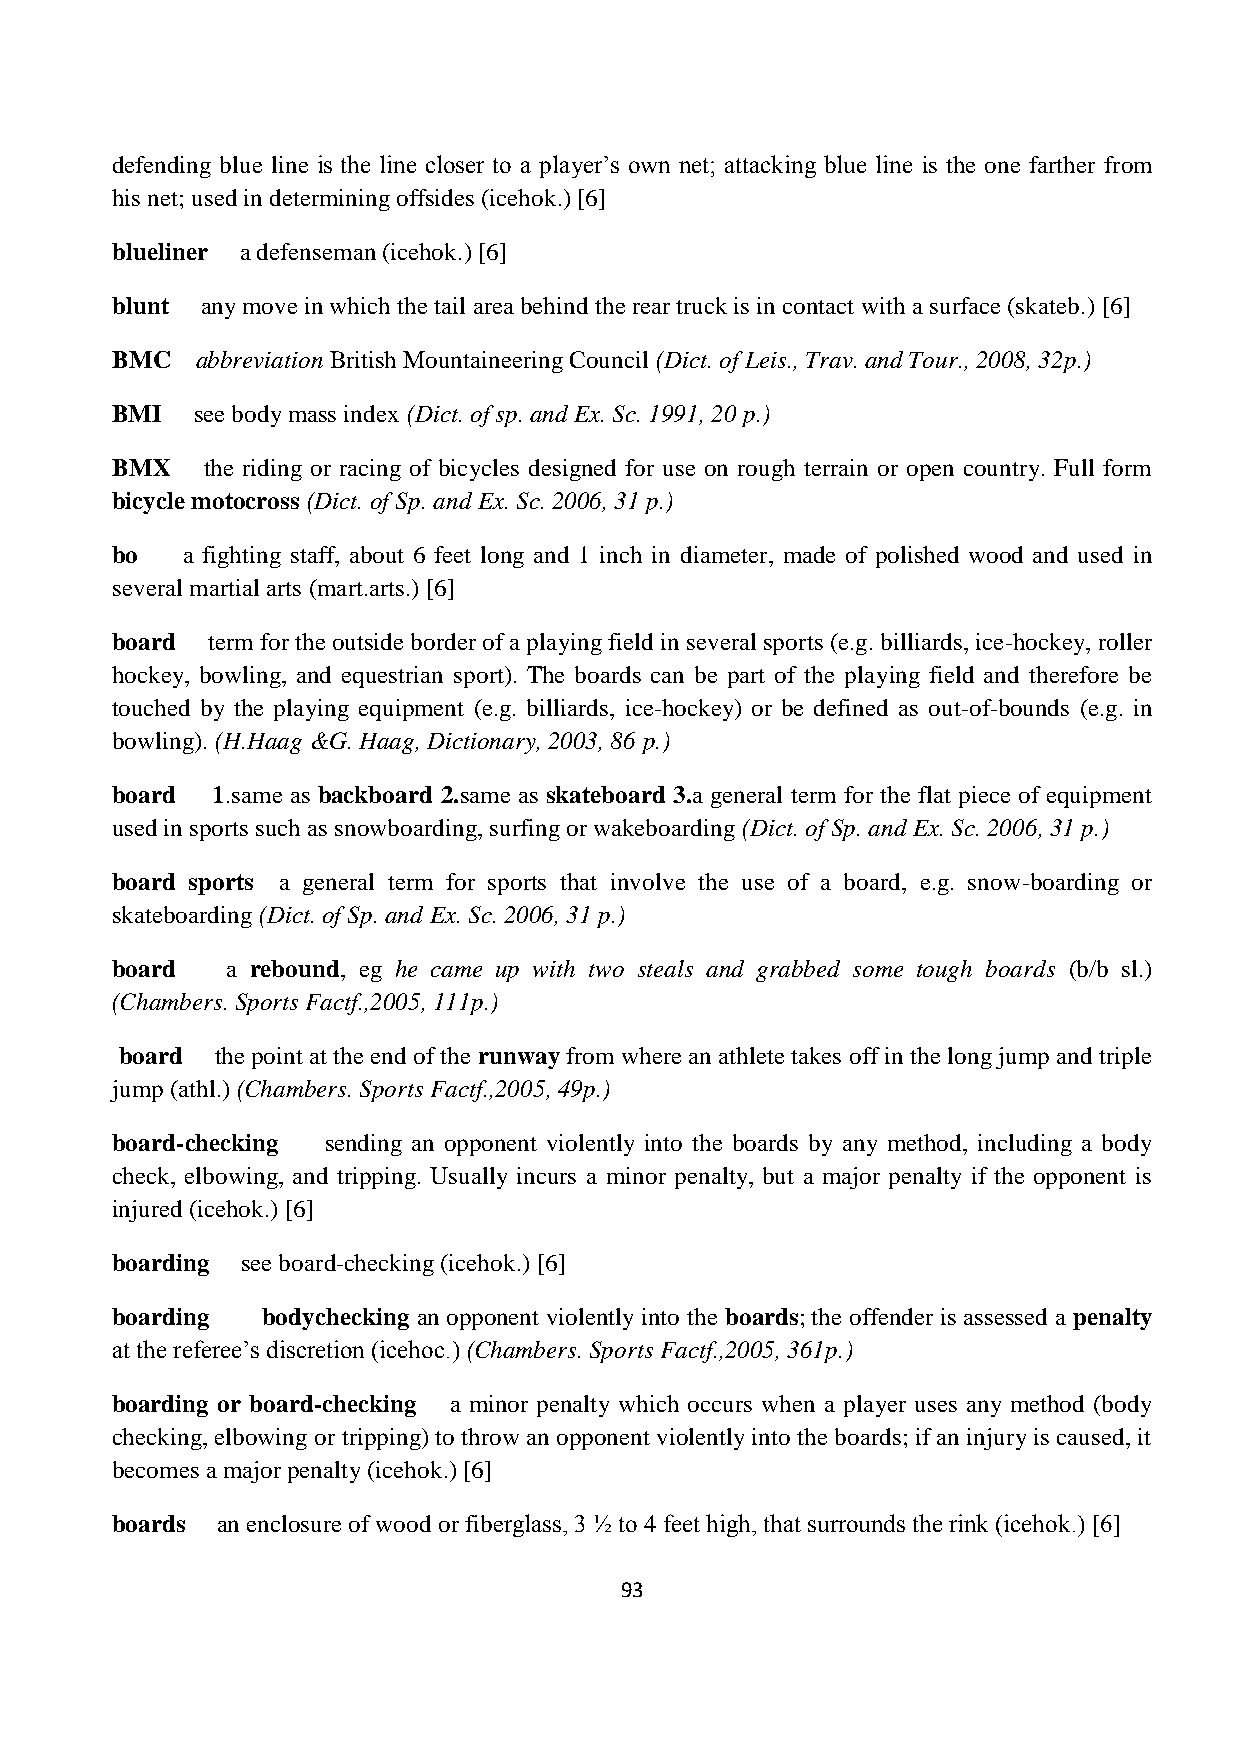
defending blue line is the line closer to a player’s own net; attacking blue line is the one farther from
 his net; used in determining offsides (icehok.) [6]
 blueliner a defenseman (icehok.) [6]
 blunt any move in which the tail area behind the rear truck is in contact with a surface (skateb.) [6]
 BMC   abbreviation British Mountaineering Council (Dict. of Leis., Trav. and Tour., 2008, 32p.)
 BMI   see body mass index (Dict. of sp. and Ex. Sc. 1991, 20 p.)
 BMX   the riding or racing of bicycles designed for use on rough terrain or open country. Full form
 bicycle motocross (Dict. of Sp. and Ex. Sc. 2006, 31 p.)
 bo   a fighting staff, about 6 feet long and 1 inch in diameter, made of polished wood and used in
 several martial arts (mart.arts.) [6]
 board  term for the outside border of a playing field in several sports (e.g. billiards, ice-hockey, roller
 hockey, bowling, and equestrian sport). The boards can be part of the playing field and therefore be
 touched by the playing equipment (e.g. billiards, ice-hockey) or be defined as out-of-bounds (e.g. in
 bowling). (H.Haag &G. Haag, Dictionary, 2003, 86 p.)
 board  1.same as backboard 2.same as skateboard 3.a general term for the flat piece of equipment
 used in sports such as snowboarding, surfing or wakeboarding (Dict. of Sp. and Ex. Sc. 2006, 31 p.)
 board sports a general term for sports that involve the use of a board, e.g. snow-boarding or
 skateboarding (Dict. of Sp. and Ex. Sc. 2006, 31 p.)
 board   a rebound, eg he came up with two steals and grabbed some tough boards (b/b sl.)
 (Chambers. Sports Factf.,2005, 111p.)
 board the point at the end of the runway from where an athlete takes off in the long jump and triple
 jump (athl.) (Chambers. Sports Factf.,2005, 49p.)
 board-checking sending an opponent violently into the boards by any method, including a body
 check, elbowing, and tripping. Usually incurs a minor penalty, but a major penalty if the opponent is
 injured (icehok.) [6]
 boarding see board-checking (icehok.) [6]
 boarding  bodychecking an opponent violently into the boards; the offender is assessed a penalty
 at the referee’s discretion (icehoc.) (Chambers. Sports Factf.,2005, 361p.)
 boarding or board-checking a minor penalty which occurs when a player uses any method (body
 checking, elbowing or tripping) to throw an opponent violently into the boards; if an injury is caused, it
 becomes a major penalty (icehok.) [6]
 boards an enclosure of wood or fiberglass, 3 ½ to 4 feet high, that surrounds the rink (icehok.) [6]
 93